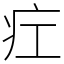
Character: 疘